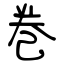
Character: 巻